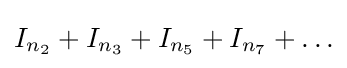
I_{n_{2}}+I_{n_{3}}+I_{n_{5}}+I_{n_{7}}+\ldots